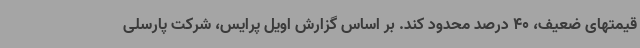
قیمتهای ضعیف، 40 درصد محدود کند. بر اساس گزارش اویل پرایس، شرکت پارسلی